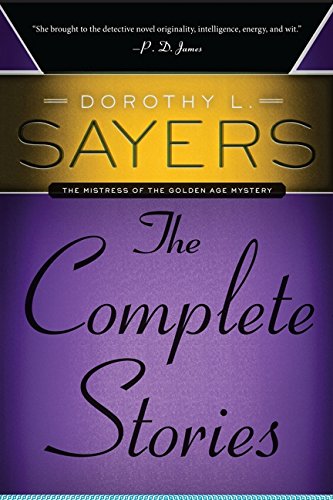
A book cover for Dorothy L. Sayers: The Complete Stories; Dorothy L. Sayers; Mystery, Thriller & Suspense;